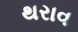
થરાવ